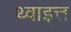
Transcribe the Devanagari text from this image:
थ्वाइत्त